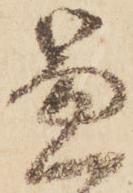
兼